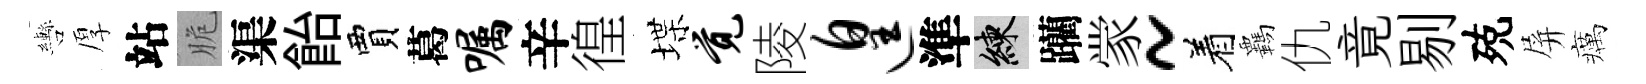
轡厚站脆渠飴賈葛嘱辛徨堞觉陵遑準練躪䝉~着覊仇竟剔殑屏癘